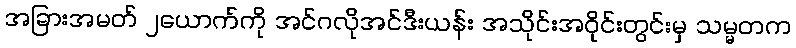
အခြားအမတ် ၂ယောက်ကို အင်ဂလိုအင်ဒီးယန်း အသိုင်းအဝိုင်းတွင်းမှ သမ္မတက